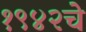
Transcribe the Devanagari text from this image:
१९४२चे